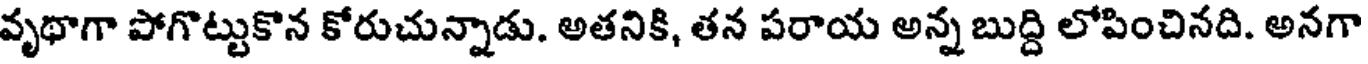
వృథాగా పోగొట్టుకొన కోరుచున్నాడు. అతనికి, తన పరాయ అన్న బుద్ది లోపించినది. అనగా